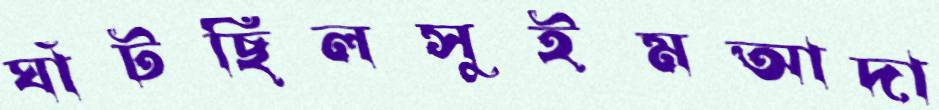
ঘাঁটছিলসুইমআদা